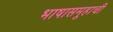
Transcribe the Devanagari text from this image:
भाषासमूहाची